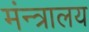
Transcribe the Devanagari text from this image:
मंन्त्रालय